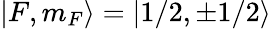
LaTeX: |F,m_{F}\rangle=|1/2,\pm 1/2\rangle